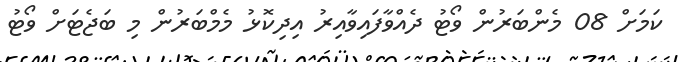
ކަމަށް 08 މެންބަރުން ވޯޓު ދެއްވާފައިވާއިރު އިދިކޮޅު މެމްބަރުން މި ބަޖެޓަށް ވޯޓު